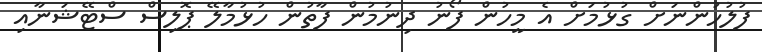
ފުލުހުންނަށް ގުޅުމަށް އެ މީހުން ފޯނު ދިނުމުން ފާތުން ހުޅުމާލޭ ޕޮލިސް ސްޓޭޝަނާއި